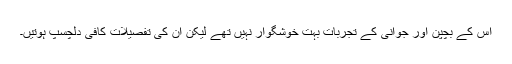
اس کے بچپن اور جوانی کے تجربات بہت خوشگوار نہیں تھے لیکن ان کی تفصیلات کافی دلچسپ ہوتیں۔